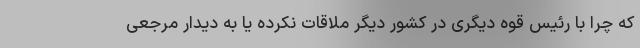
که چرا با رئیس قوه دیگری در کشور دیگر ملاقات نکرده یا به دیدار مرجعی